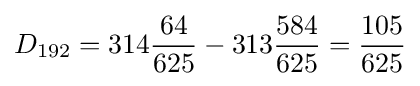
{}D_{192}=314{\frac {64}{625}}-313{\frac {584}{625}}={\frac {105}{625}}